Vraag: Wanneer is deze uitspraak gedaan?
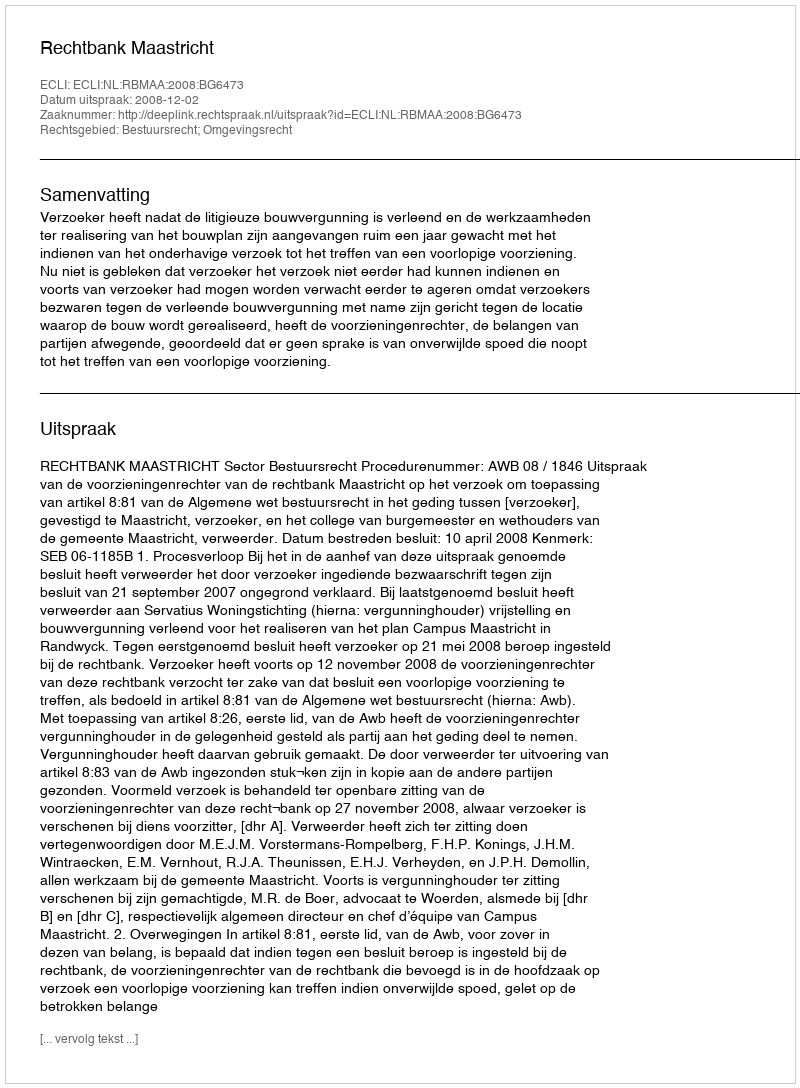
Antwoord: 2008-12-02